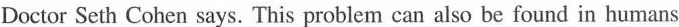
Doctor Seth Cohen says. This problem can also be found in humans